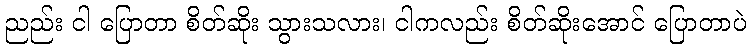
ညည်း ငါ ပြောတာ စိတ်ဆိုး သွားသလား၊ ငါကလည်း စိတ်ဆိုးအောင် ပြောတာပဲ